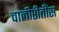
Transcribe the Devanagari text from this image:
चालीरीतींस